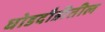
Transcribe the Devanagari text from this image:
घोडदौडीतील